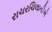
રાચરચિલાનીએ